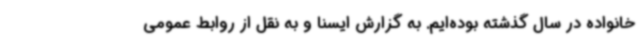
خانواده در سال گذشته بوده‌ایم. به گزارش ایسنا و به نقل از روابط عمومی